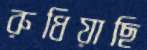
রুধিয়াছি